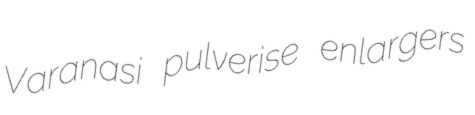
Varanasi pulverise enlargers